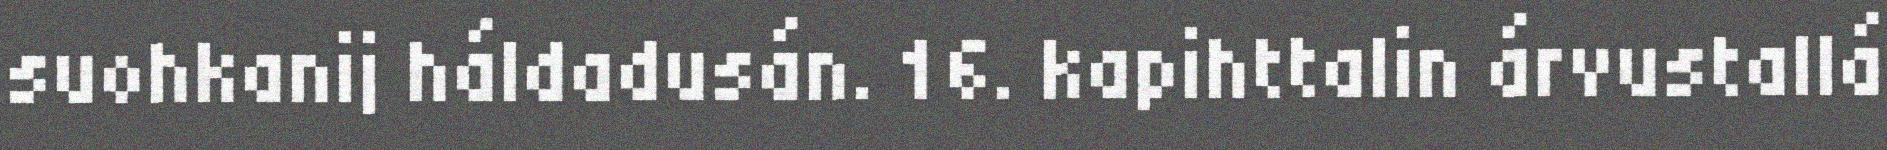
suohkanij háldadusán. 16. kapihttalin árvustallá